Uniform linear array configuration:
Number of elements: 8
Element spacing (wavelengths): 0.25
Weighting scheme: hamming
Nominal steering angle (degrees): -15
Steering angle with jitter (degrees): -13.834
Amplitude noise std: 0.05
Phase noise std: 0.05

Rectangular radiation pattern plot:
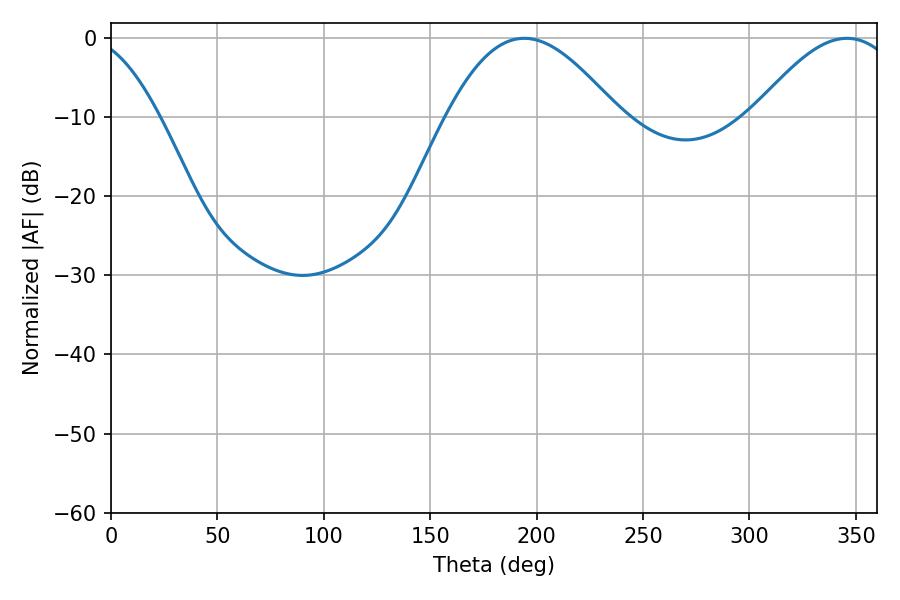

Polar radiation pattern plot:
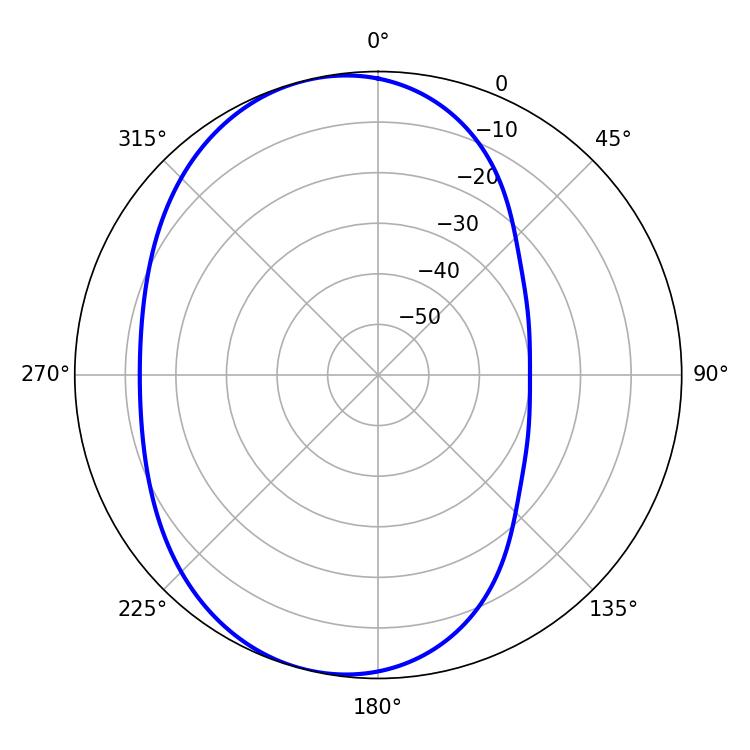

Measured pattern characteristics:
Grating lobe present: FALSE
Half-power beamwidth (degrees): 43.56
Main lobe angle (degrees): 194.22